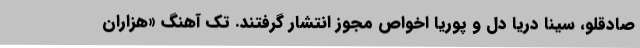
صادقلو، سینا دریا دل و پوریا اخواص مجوز انتشار گرفتند. تک آهنگ «هزاران